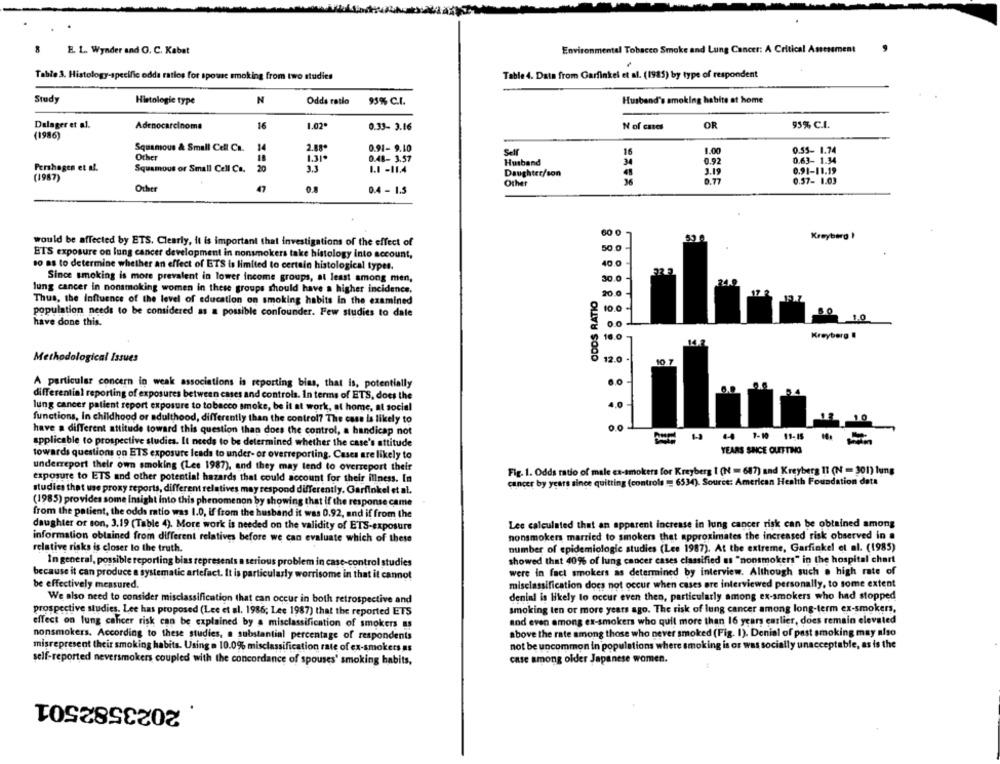
E. L. Wynder and O. C. Kabat
Environmental Tobacco Smoke and Lung Cancer: A Critical Assessment
Table 3. Histology-specifie odda ratlos for spouse smoking from two studies
Table 4. Data from Garfinkel et al. (1985) by type of respondent
Study
N
Odds ratio
Husband's smoking habite at home
Histologie type
95% C.I.
Dalager et al.
Adenocarcinoma
16
1.02.
0.33- 3.16
N of cna
OR
95% C.I.
(1986)
Squamous & Small Cell Ca.
14
2.88
0.91- 9.10
Self
16
1.00
0.55- 1.74
Ocher
1.31*
0.48- 3.57
Husband
0.92
0.63- 1.34
Pershagen et al.
Squamous or Small Cell Ca.
20
1.1 -11.4
3.19
Daughter/son
0.91-11.19
(1987)
Other
0.77
0.57- 1.03
Other
0.4 - 1.5
60 0
Kreyberg !
would be affected by ETS. Clearly, it is important that investigations of the effect of
ETS exposure on lung cancer development in nonsmokers take histology into account,
so as to determine whether an effect of ETS is limited to certain histological types.
Since smoking is more prevalent in lower income groups, at least among men,
30.0
lung cancer in nonsmoking women in these groups should have a higher incidence.
ODDS RATIO
20.0
Thus, the Influence of the level of education on smoking habits in the examined
population needs to be considered as a possible confounder. Few studies to dale
10.0
have done this.
0.0
16.0
Kreyberg !
Methodological Issues
12.0
10
6.0
A particular concern in weak associations is reporting bias, that is, potentially
differential reporting of exposures between cases and controls. In terms of ETS, does the
4.0
lung cancer patient report exposure to tobacco smoke, be it at work, at home, at social
functions, In childhood or adulthood, differently than the control? The case is likely to
have a different attitude toward this question than does the control, a handicap not
applicable to prospective studies. It needs to be determined whether the case's attitude
1 44 1-10 11-65
YEARS SINCE QUITTING
towards questions on ETS exposure leads to under- or overreporting. Cases are likely to
underreport their own smoking (Lee 1987), and they may tend to overreport their
Fig. 1. Odds ratio of male ex-smokers for Kreyberg 1 (N = 687) and Kreyberg 11 (N = 301) lung
exposure to ETS and other potential hazards that could account for their illness. In
cancer by years since quitting (controls = 6534). Source: American Health Foundation data
studies that use proxy reports, different relatives may respond differently. Garfinkel et al.
(1985) provides some insight into this phenomenon by showing that if the response came
from the patient, the odds ratio was 1.0, if from the husband it was 0.92, and if from the
daughter of son, 3.19 (Table 4). More work is needed on the validity of ETS-exposure
Lee calculated that an apparent increase in lung cancer risk can be obtained among
nonsmokers married to smokers that approximates the increased risk observed in a
information obtained from different relatives before we can evaluate which of these
relative risks is closer to the truth.
number of epidemiologic studies (Lee 1987). At the extreme, Garfinkel et al. (1985)
In general, possible reporting bias represents a serious problem in case-control studies
showed that 4096 of lung cancer cases classified as "nonsmokers" in the hospital chart
were in fact smokers as determined by interview. Although such a high rate of
because it can produce a systematic artefact. It is particularly worrisome in that it cannot
be effectively measured.
misclassification does not occur when cases are interviewed personally, to some extent
denial is likely to occur even then, particularly among ex-smokers who had stopped
We also need to consider misclassification that can occur in both retrospective and
prospective studies. Lee has proposed (Lee et al. 1986; Lee 1987) that the reported ETS
smoking ten or more years ago. The risk of lung cancer among long-term ex-smokers,
and even among ex-smokers who quil more than 16 years earlier, does remain elevated
effect on lung cancer risk can be explained by a misclassification of smokers as
above the rate among those who never smoked (Fig. 1). Denial of past smoking may niso
nonsmokers. According to these studies, a substantial percentage of respondents
misrepresent their smoking habits. Using a 10.0% misclassification rate of ex-smokers as
not be uncommon in populations where smoking is or was socially unacceptable, as is the
self-reported neversmokers coupled with the concordance of spouses' smoking habits,
case among older Japanese women.
2023582501